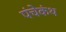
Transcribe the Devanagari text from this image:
पंचेकंथ